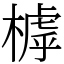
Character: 㯉